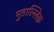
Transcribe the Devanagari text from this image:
मुताल्लिक़